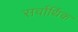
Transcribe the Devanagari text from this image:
सर्वार्थिक